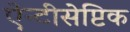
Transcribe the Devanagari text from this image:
ऐन्टीसेप्टिक